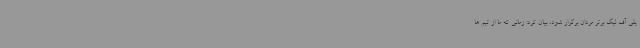
پلی آف لیگ برتر مردان برگزار شود، بیان کرد: زمانی که ما از تیم ها